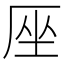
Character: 𠩜